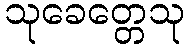
သုခေတ္တေသု